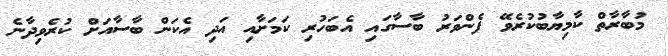
މުބާރާތް ކާމިޔާބުކުރެވޭ ފެންވަރު ބާސާގައި އެބަހުރި ކަމަށާއި އަދި އެކަން ބާސާއަށް ކުރެވިދާނެ